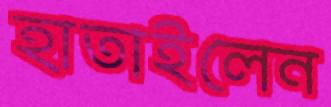
হাতাইলেন